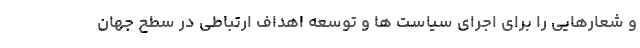
و شعارهایی را برای اجرای سیاست ها و توسعه اهداف ارتباطی در سطح جهان